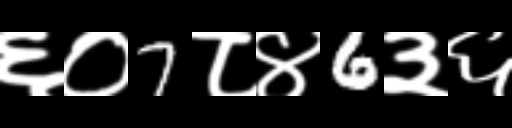
Text: ६०7८४6३६